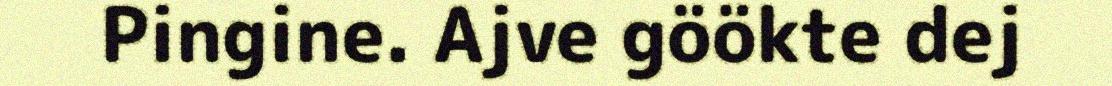
Pingine. Ajve göökte dej